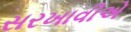
સરખાવીએ